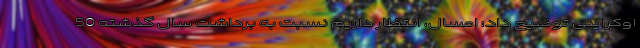
اوکراینی توضیح داد: امسال، انتظار داریم نسبت به برداشت سال گذشته 50